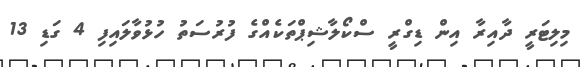
މިލިޓަރީ ދާއިރާ އިން ޑިގްރީ ސްކޯލާޝިޕްތަކެއްގެ ފުރުސަތު ހުޅުވާލައިފި 4 ގަޑި 13